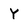
Character: Y